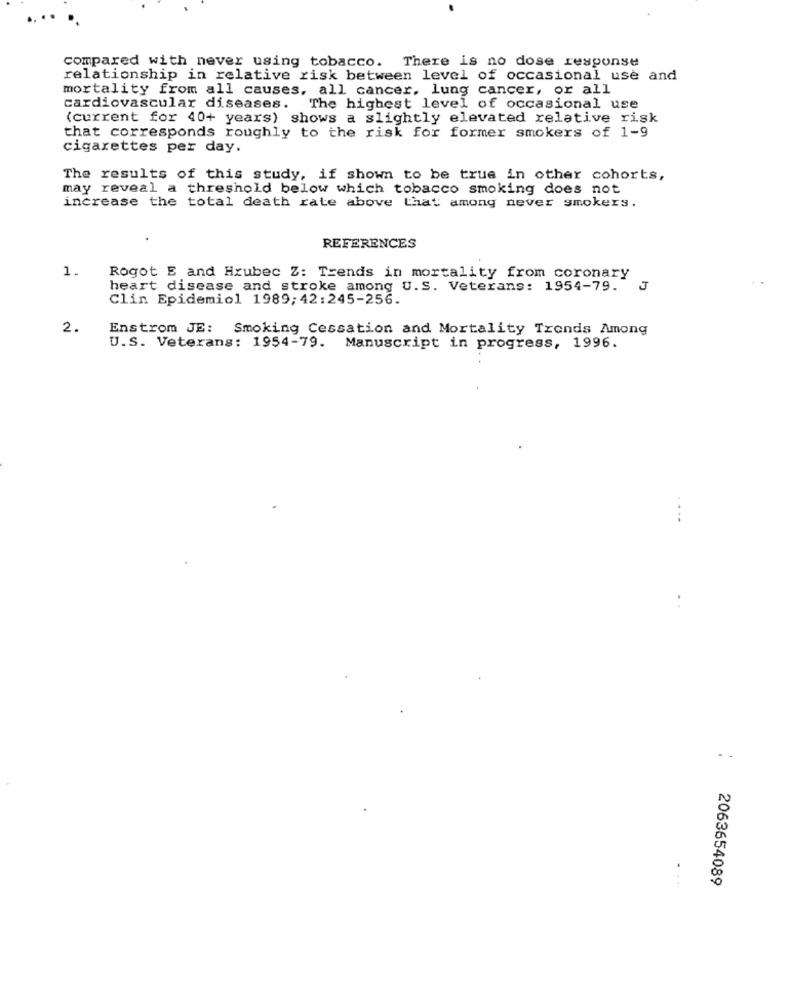
compared with never using tobacco. There is no dose response
relationship in relative risk between level of occasional use and
mortality from all causes, all cancer, lung cancer, or all
cardiovascular diseases.
The highest level of occasional use
(current for 40+ years) shows a slightly elevated relative risk
that corresponds roughly to the risk for former smokers of 1-9
cigarettes per day.
The results of this study, if shown to be true in other cohorts,
may reveal a threshold below which tobacco smoking does not
increase the total death rate above that among never smokers.
REFERENCES
1.
Rogot E and Hrubec Z: Trends in mortality from coronary
heart disease and stroke among U.S. Veterans: 1954-79. J
Clin Epidemiol 1989;42:245-256.
2.
Enstrom JE: Smoking Cessation and Mortality Trends Among
U.S. Veterans: 1954-79. Manuscript in progress, 1996.
. ...
2063654089